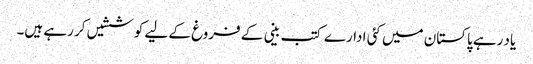
یاد رہے پاکستان میں کئی ادارے کتب بینی کے فروغ کے لیے کوششیں کر رہے ہیں۔